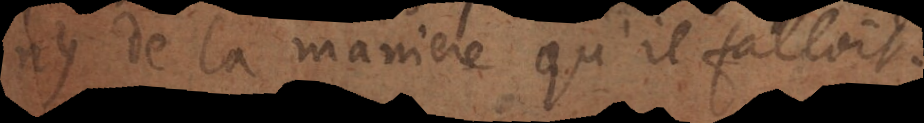
ny de la maniere qu’il falloit.